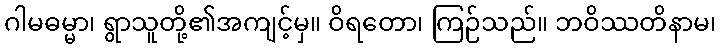
ဂါမဓမ္မာ၊ ရွာသူတို့၏အကျင့်မှ။ ဝိရတော၊ ကြဉ်သည်။ ဘဝိဿတိနာမ၊